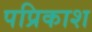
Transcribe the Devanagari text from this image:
पप्रिकाश